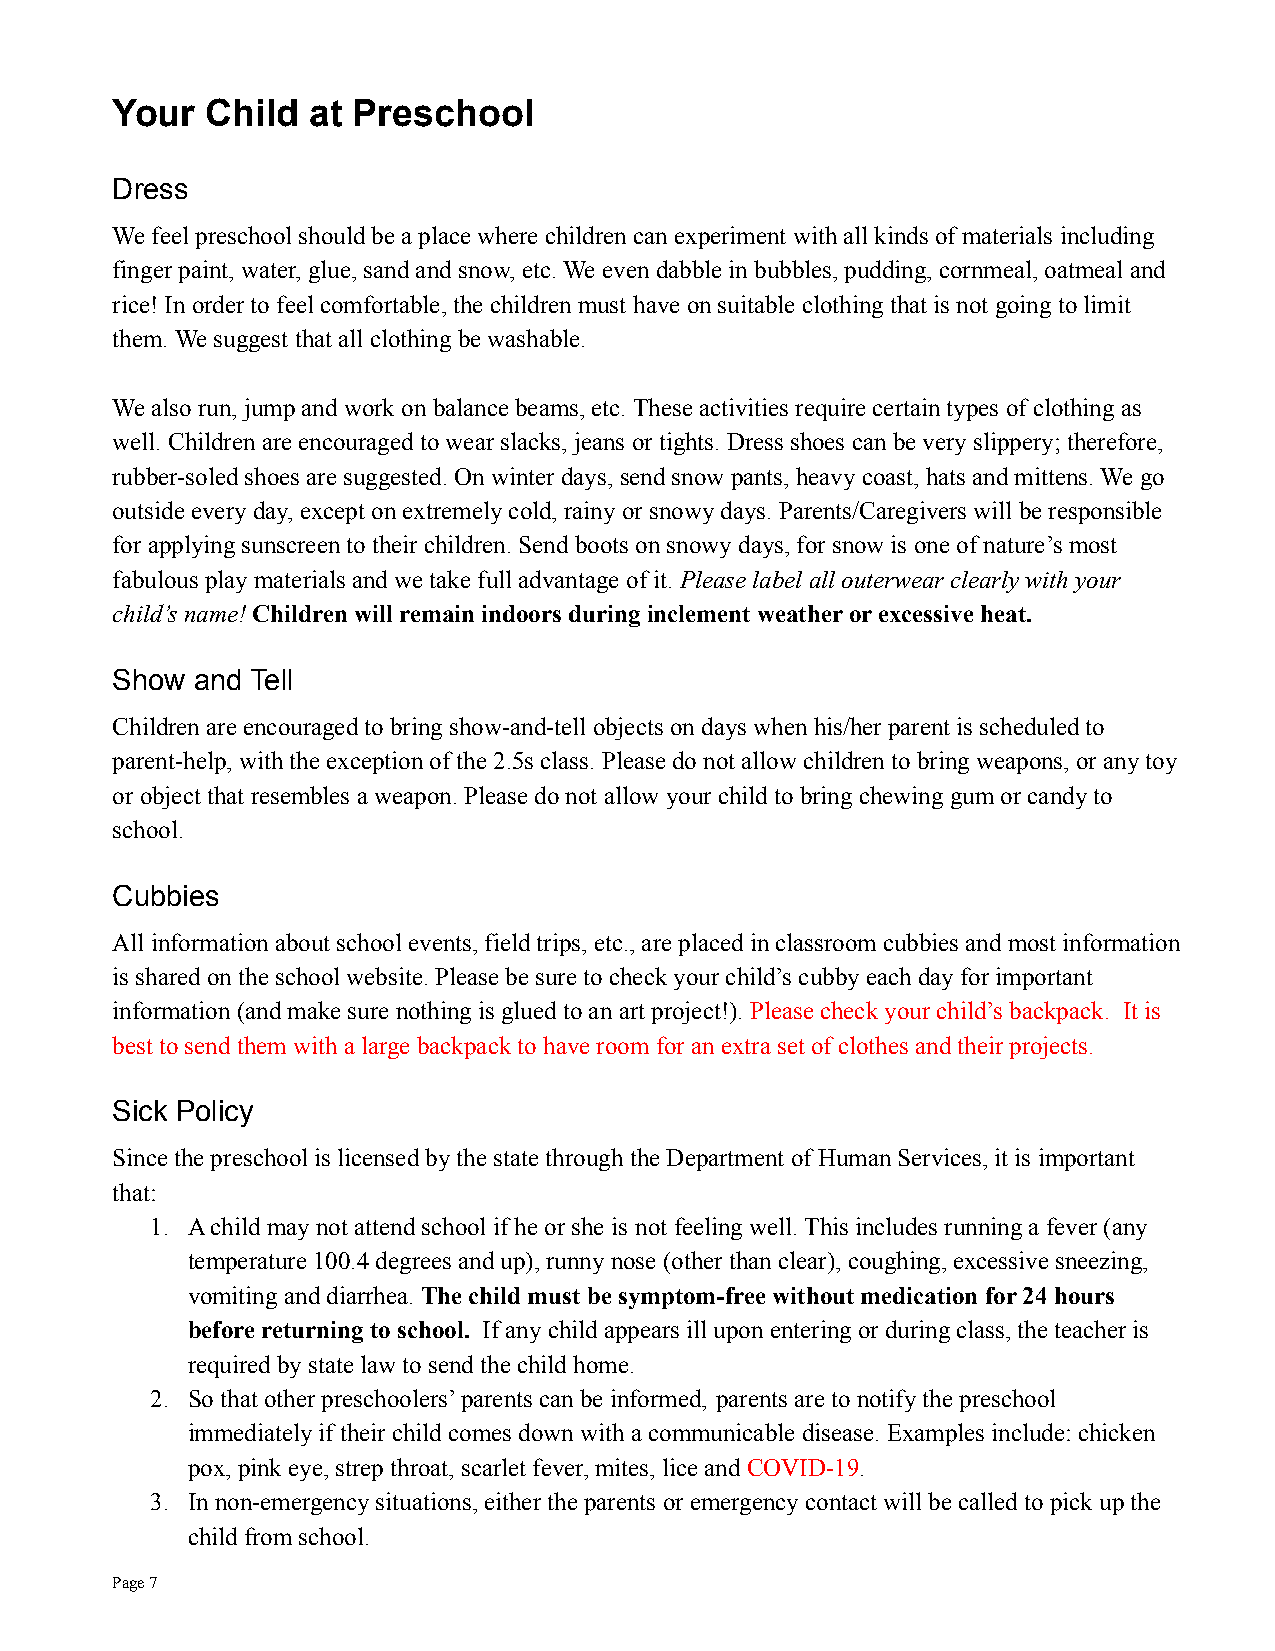
Your   Child  at Preschool
 Dress
 We feel preschool should be a place where children can experiment with all kinds of materials including
 finger paint, water, glue, sand and snow, etc. We even dabble in bubbles, pudding, cornmeal, oatmeal and
 rice! In order to feel comfortable, the children musthave on suitable clothing that is not going to limit
 them. We suggest that all clothing be washable.
 We also run, jump and work on balance beams, etc. These activities require certain types of clothingas
 well. Children are encouraged to wear slacks, jeansor tights. Dress shoes can be very slippery; therefore,
 rubber-soled shoes are suggested. On winter days, send snow pants, heavy coast, hats and mittens. We go
 outside every day, except on extremely cold, rainy or snowy days. Parents/Caregivers will be responsible
 for applying sunscreen to their children. Send bootson snowy days, for snow is one of nature’s most
 fabulous play materials and we take full advantage of it. Please label all outerwear clearly with your
 child’s name!Children will remain indoors duringinclement weather or excessive heat.
 Show  and Tell
 Children are encouraged to bring show-and-tell objects on days when his/her parent is scheduled to
 parent-help, with the exception of the 2.5s class. Please do not allow children to bring weapons, orany toy
 or object that resembles a weapon. Please do not allow your child to bring chewing gum or candy to
 school.
 Cubbies
 All information about school events, field trips,etc., are placed in classroom cubbies and most information
 is shared on the school website. Please be sure to check your child’s cubby each day for important
 information (and make sure nothing is glued to an art project!).Please check your child’s backpack. It is
 best to send them with a large backpack to have roomfor an extra set of clothes and their projects.
 Sick Policy
 Since the preschool is licensed by the state throughthe Department of Human Services, it is important
 that:
 1. A child may not attend school if he or she is not feeling well. This includes running a fever (any
 temperature 100.4 degrees and up), runny nose (other than clear), coughing, excessive sneezing,
 vomiting and diarrhea.The child must be symptom-free without medication for 24 hours
 before returning to school. If any child appears ill upon entering or during class, the teacher is
 required by state law to send the child home.
 2. So that other preschoolers’ parents can be informed, parents are to notify the preschool
 immediately if their child comes down with a communicabledisease. Examples include: chicken
 pox, pink eye, strep throat, scarlet fever, mites, lice andCOVID-19.
 3. In non-emergency situations, either the parents or emergency contact will be called to pick up the
 child from school.
 Page7